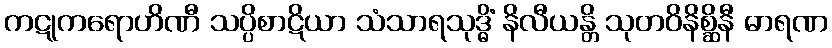
ကဋုကရောဟိဏီ သပ္ပိစာဋိယာ သံသာရသုဒ္ဓိံ နိလီယန္တိ သုတဝိနိစ္ဆိနီ ဓာရဏ